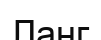
Ланг